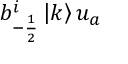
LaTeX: b _ { - \frac { 1 } { 2 } } ^ { i } \left| k \right> u _ { a }